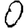
Digit: 0